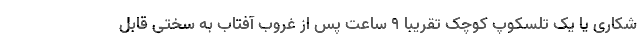
شکاری یا یک تلسکوپ کوچک تقریباً ۹ ساعت پس از غروب آفتاب به سختی قابل